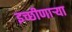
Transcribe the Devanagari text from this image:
इच्छीणाऱ्या